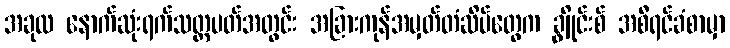
အခုလ နောက်ဆုံးရက်သတ္တပတ်အတွင်း အခြားကုန်အမှတ်တံဆိပ်တွေက ချွိုင်းစ် အစီရင်ခံစာမှာ